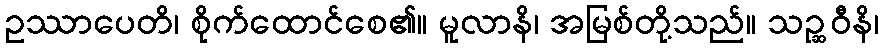
ဥဿာပေတိ၊ စိုက်ထောင်စေ၏။ မူလာနိ၊ အမြစ်တို့သည်။ သဉ္ဆဝီနိ၊